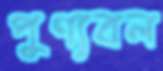
পুণ্যবল